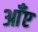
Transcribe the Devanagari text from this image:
आँए